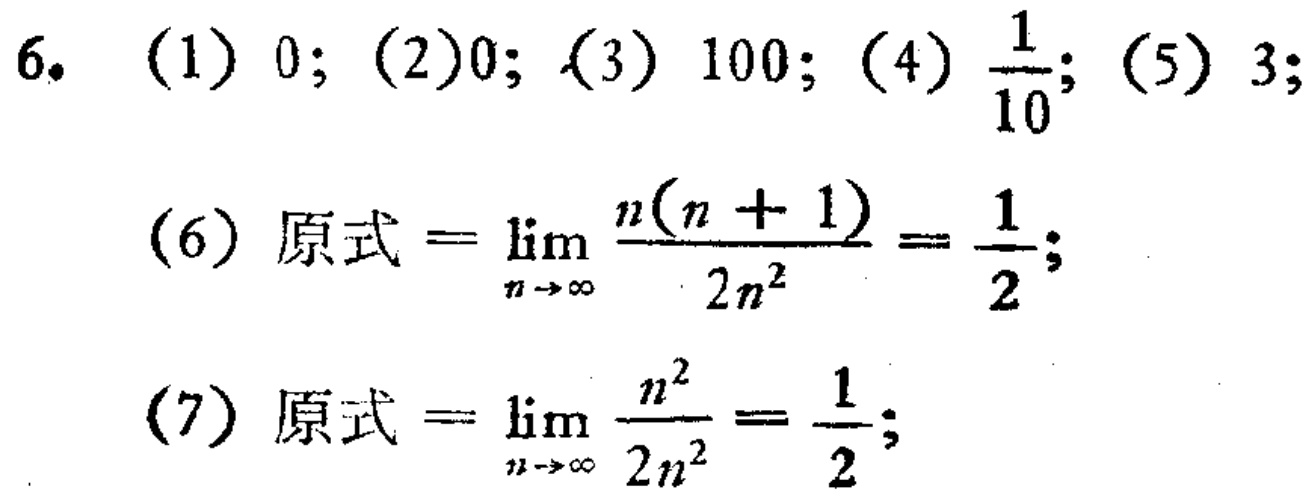
6. (1) \(0\); (2)\(0\); (3) \(100\); (4) \(\frac{1}{10}\); (5) \(3\);
(6) 原式\(=\lim_{n \to \infty} \frac{n(n + 1)}{2n^{2}}=\frac{1}{2}\);
(7) 原式\(=\lim_{n \to \infty} \frac{n^{2}}{2n^{2}}=\frac{1}{2}\);